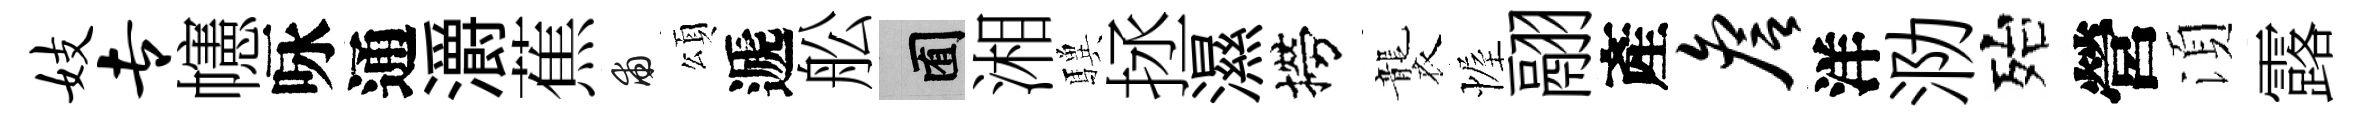
妓专幰咏通灂蕉甫頌遞舩囿湘驥拯濕撈襲幄翮產詹洋泐殆營湏露